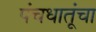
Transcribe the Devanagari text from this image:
पंचधातूंचा